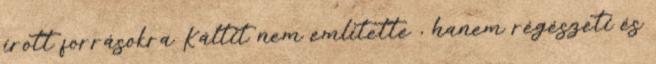
írott forrásokra Káltit nem említette , hanem régészeti és